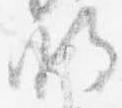
明